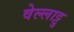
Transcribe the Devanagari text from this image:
वेल्लाट्टु